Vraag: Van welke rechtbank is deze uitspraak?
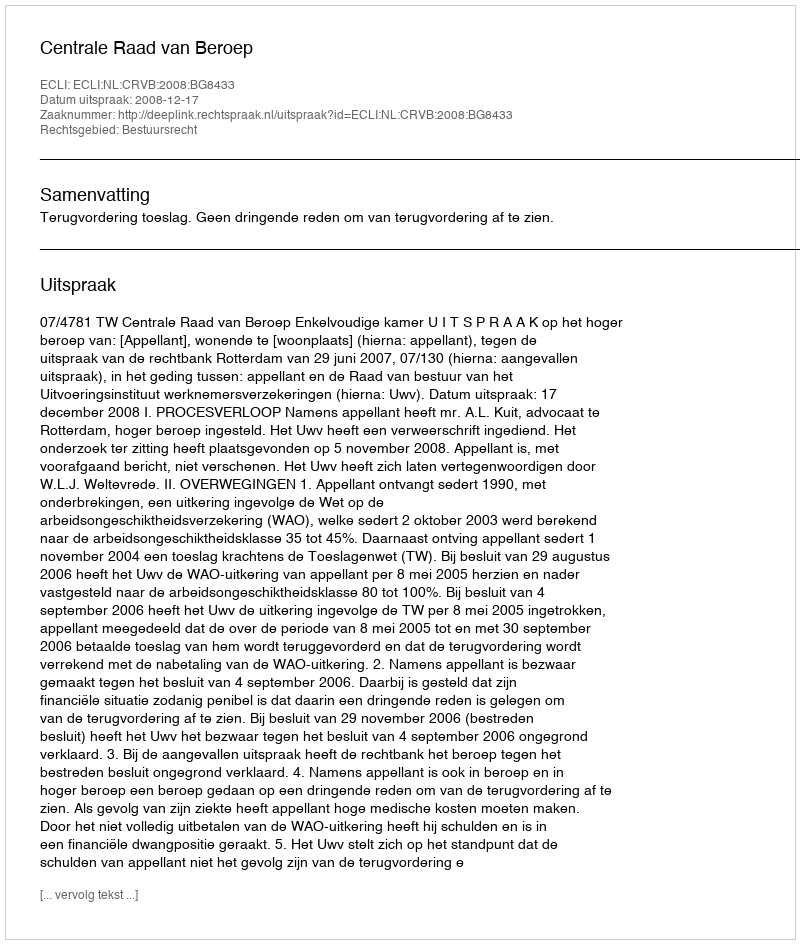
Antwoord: Centrale Raad van Beroep